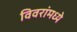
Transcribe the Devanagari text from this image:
विवरांमध्ये